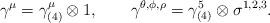
LaTeX: \begin{align*}\gamma^{\mu}=\gamma_{(4)}^{\mu}\otimes 1, \qquad \gamma^{\theta,\phi,\rho}=\gamma_{(4)}^5 \otimes\sigma^{1,2,3}.\end{align*}